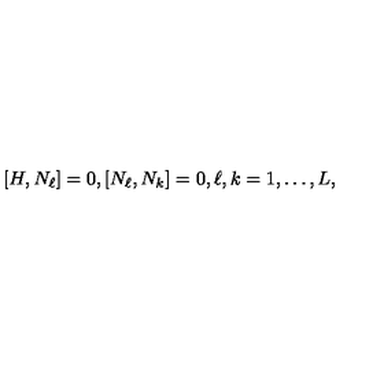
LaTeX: \left[ H , N _ { \ell } \right] = 0 , \left[ N _ { \ell } , N _ { k } \right] = 0 , \ell , k = 1 , \ldots , L ,